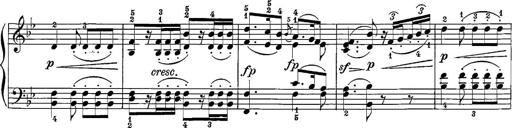
Title: 12 Sonatine per Pianoforte
Composer: Friedrich Kuhlau